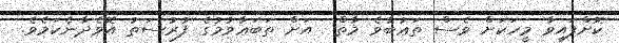
ކޮށްފައިވާ މީހަކަށް ވެސް ތަޢުބާވެ މާތް  އަށް ތަބަޢާވުމުގެ ފުރުސަތު އޮވެދާނެކަމެވެ.